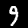
Digit: 9